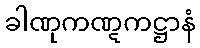
ခါဏုကဏ္ဋကဋ္ဌာနံ